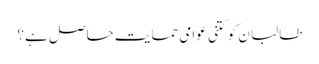
طالبا ن کو کتنی عوامی حمایت حاصل ہے؟